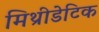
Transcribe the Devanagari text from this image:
मिथ्रीडेटिक